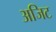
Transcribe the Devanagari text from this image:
अजिट